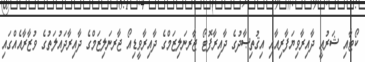
ކޯޓާއި ޝަރުޢީ ދާއިރާވިޔަފާރިއާއި އިޤުތިޞާދުގެ ދާއިރާފޮޓޯ ޖާރނަލިޒަމްގެ ދާއިރާވީޑިއޯ ޖާރނަލިޒަމްގެ ދާއިރާދައުލަތުގެ ވުޒާރާއެއްގައި